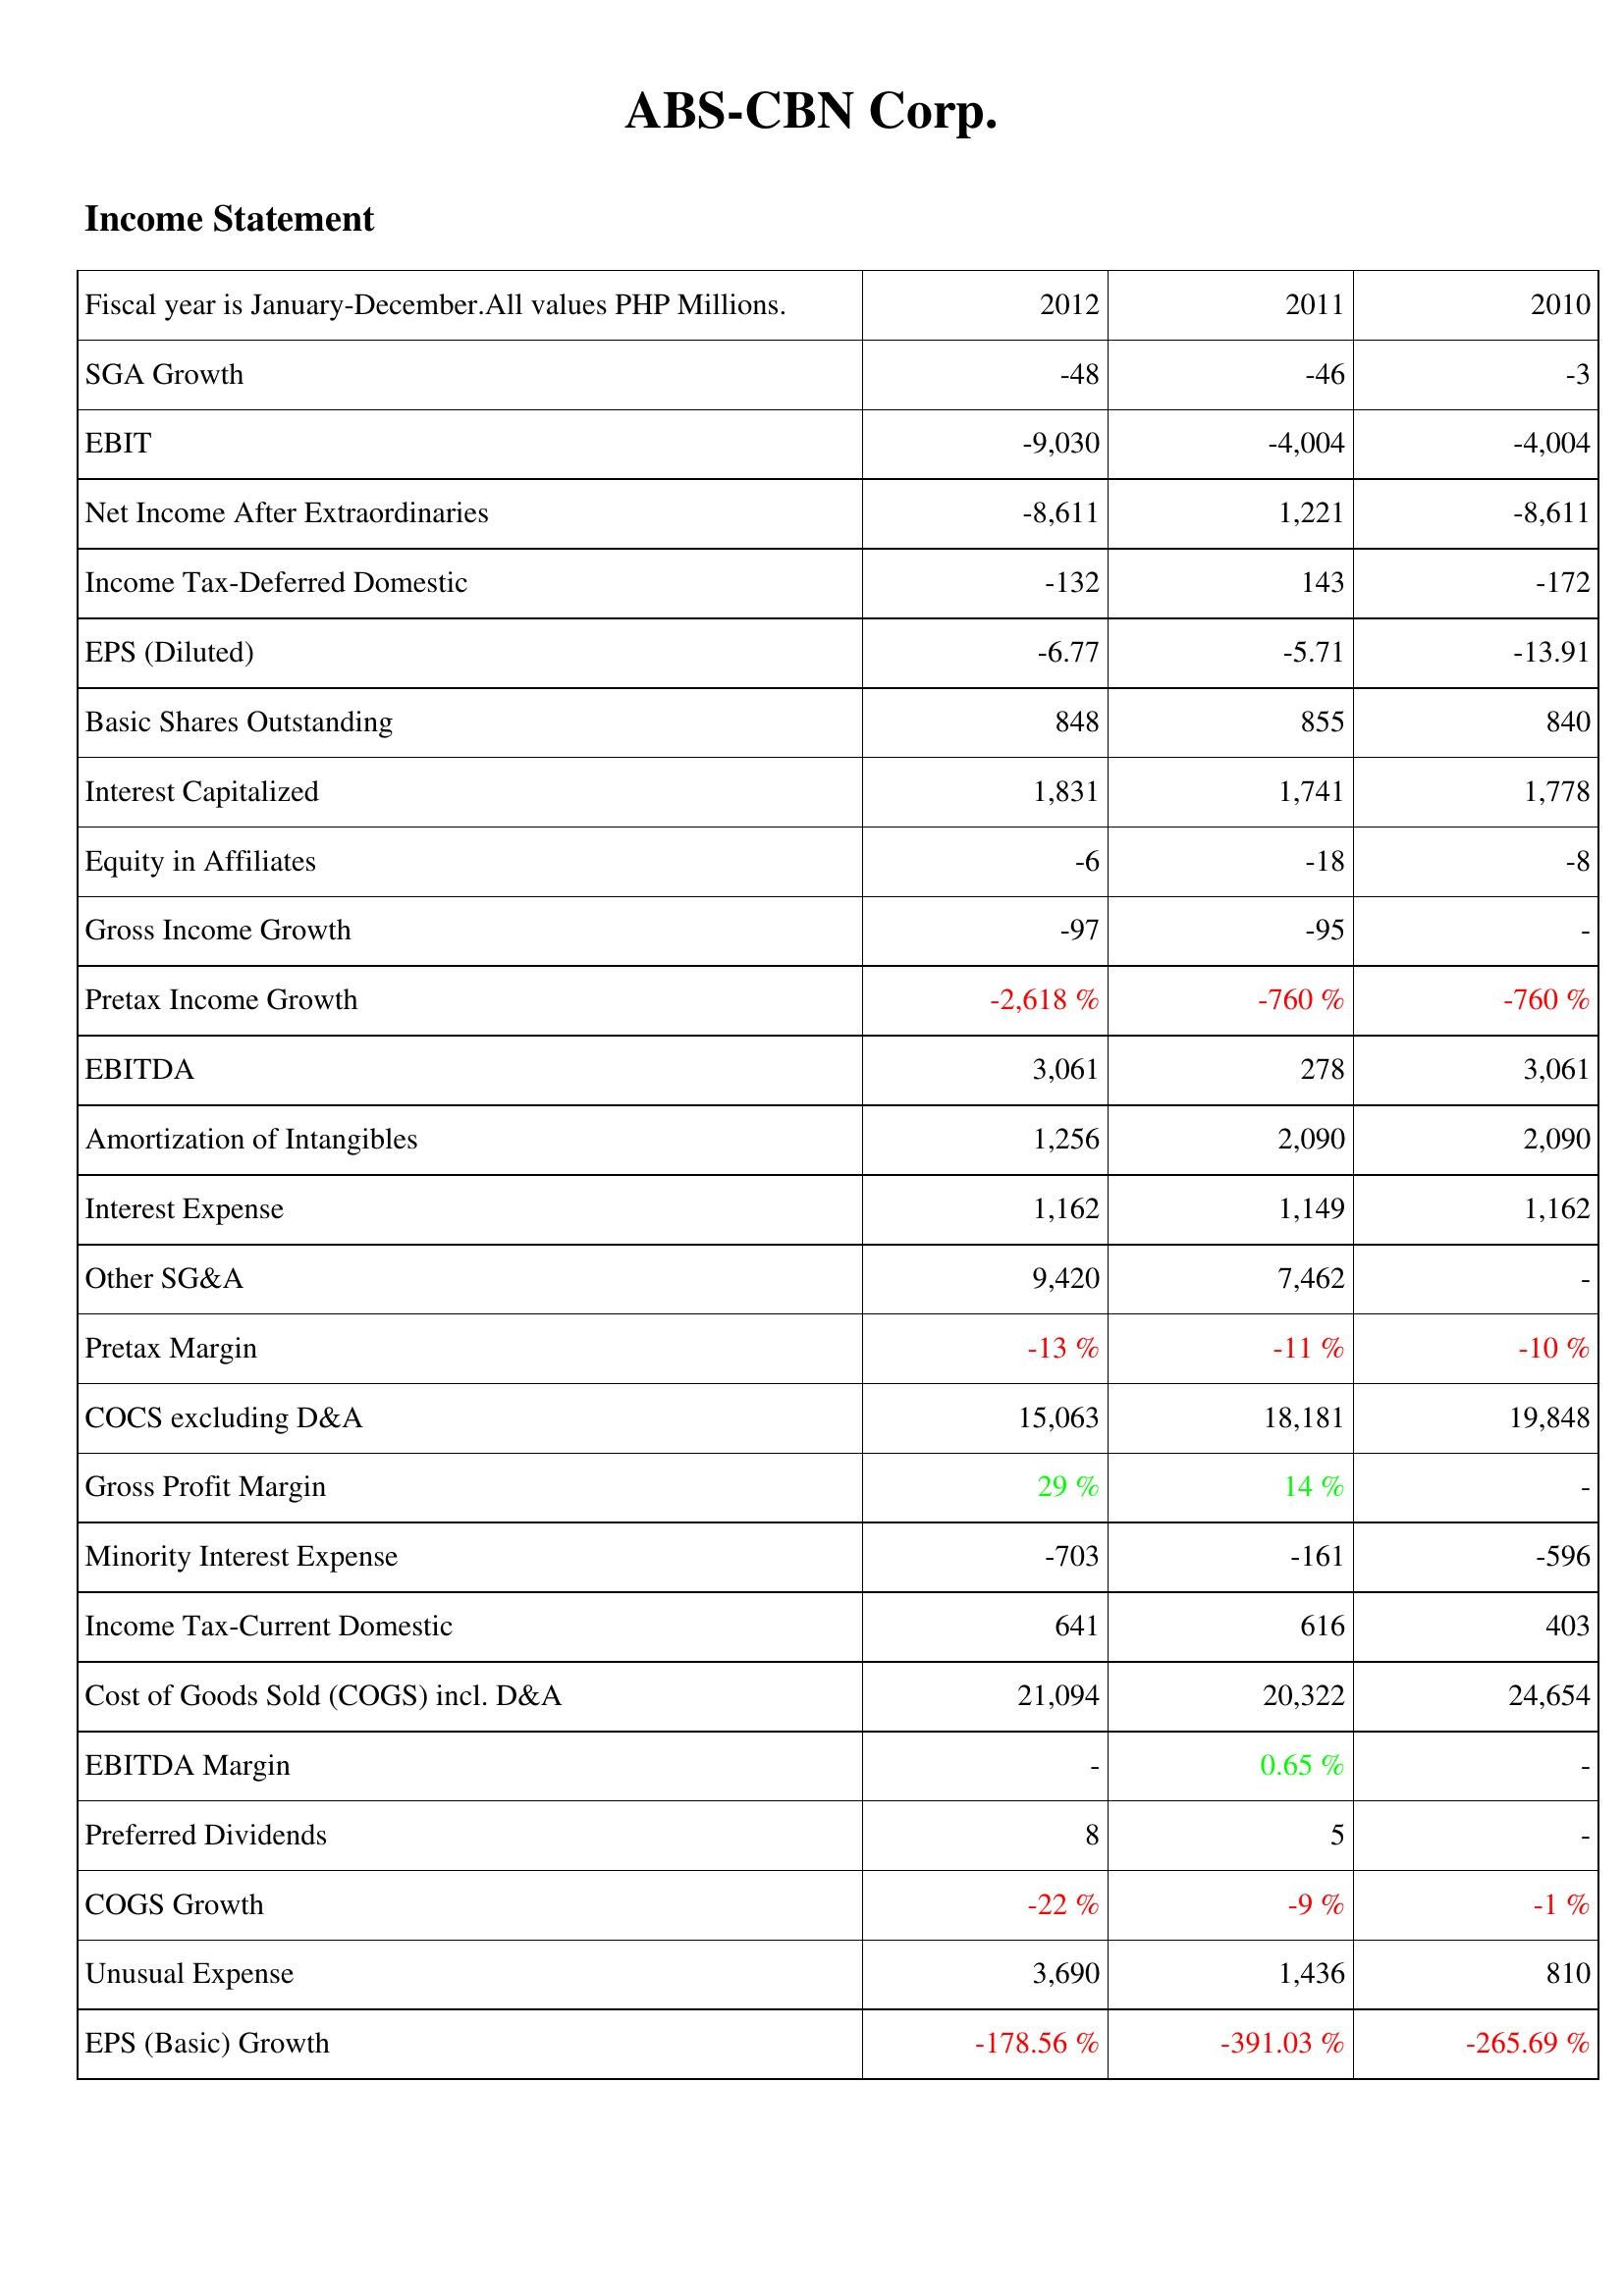
2012: Income Statement: SGA Growth: -48
EBIT: -9,030
Net Income After Extraordinaries: -8,611
Income Tax-Deferred Domestic: -132
EPS (Diluted): -6.77
Basic Shares Outstanding: 848
Interest Capitalized: 1,831
Equity in Affiliates: -6
Gross Income Growth: -97
Pretax Income Growth: -2,618 %
EBITDA: 3,061
Amortization of Intangibles: 1,256
Interest Expense: 1,162
Other SG&A: 9,420
Pretax Margin: -13 %
COCS excluding D&A: 15,063
Gross Profit Margin: 29 %
Minority Interest Expense: -703
Income Tax-Current Domestic: 641
Cost of Goods Sold (COGS) incl. D&A: 21,094
EBITDA Margin: -
Preferred Dividends: 8
COGS Growth: -22 %
Unusual Expense: 3,690
EPS (Basic) Growth: -178.56 %
2011: Income Statement: SGA Growth: -46
EBIT: -4,004
Net Income After Extraordinaries: 1,221
Income Tax-Deferred Domestic: 143
EPS (Diluted): -5.71
Basic Shares Outstanding: 855
Interest Capitalized: 1,741
Equity in Affiliates: -18
Gross Income Growth: -95
Pretax Income Growth: -760 %
EBITDA: 278
Amortization of Intangibles: 2,090
Interest Expense: 1,149
Other SG&A: 7,462
Pretax Margin: -11 %
COCS excluding D&A: 18,181
Gross Profit Margin: 14 %
Minority Interest Expense: -161
Income Tax-Current Domestic: 616
Cost of Goods Sold (COGS) incl. D&A: 20,322
EBITDA Margin: 0.65 %
Preferred Dividends: 5
COGS Growth: -9 %
Unusual Expense: 1,436
EPS (Basic) Growth: -391.03 %
2010: Income Statement: SGA Growth: -3
EBIT: -4,004
Net Income After Extraordinaries: -8,611
Income Tax-Deferred Domestic: -172
EPS (Diluted): -13.91
Basic Shares Outstanding: 840
Interest Capitalized: 1,778
Equity in Affiliates: -8
Gross Income Growth: -
Pretax Income Growth: -760 %
EBITDA: 3,061
Amortization of Intangibles: 2,090
Interest Expense: 1,162
Other SG&A: -
Pretax Margin: -10 %
COCS excluding D&A: 19,848
Gross Profit Margin: -
Minority Interest Expense: -596
Income Tax-Current Domestic: 403
Cost of Goods Sold (COGS) incl. D&A: 24,654
EBITDA Margin: -
Preferred Dividends: -
COGS Growth: -1 %
Unusual Expense: 810
EPS (Basic) Growth: -265.69 %